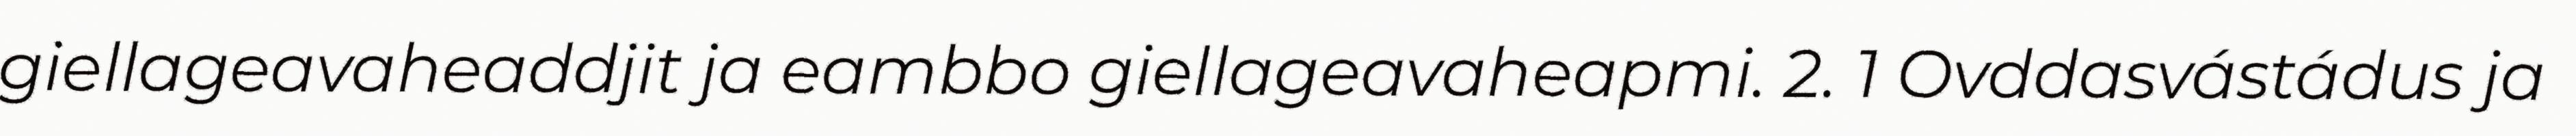
giellageavaheaddjit ja eambbo giellageavaheapmi. 2. 1 Ovddasvástádus ja